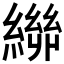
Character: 𮉃